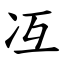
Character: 冱